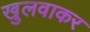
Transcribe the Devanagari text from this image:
खुलवाकर